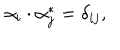
LaTeX: \alpha _ { i } \cdot \alpha _ { j } ^ { * } = \delta _ { i j } ,